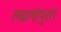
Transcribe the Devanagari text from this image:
लढायांपुरतं